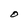
Character: O